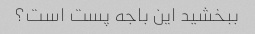
ببخشید این باجه پست است؟